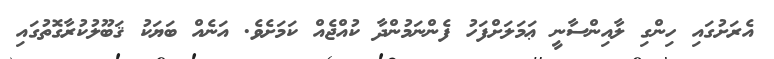
އެރަށުގައި ހިންގި ލާއިންސާނީ ޢަމަލަށްފަހު ފެންނަމުންދާ ކުއްޖެއް ކަމަށެވެ. އަނެއް ބަޔަކު ޤަބޫލުކުރާގޮތުގައި